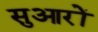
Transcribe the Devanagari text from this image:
सुआरों